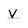
Character: v